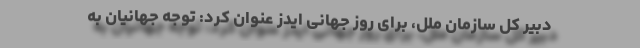
دبیر کل سازمان ملل، برای روز جهانی ایدز عنوان کرد: توجه جهانیان به